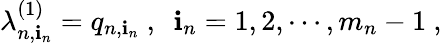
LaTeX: \lambda_{n,\mathbf{i}_{n}}^{(1)}=q_{n,\mathbf{i}_{n}}\ ,\ \ \mathbf{i}_{n}=1,2,\cdots,m_{n}-1\ ,